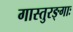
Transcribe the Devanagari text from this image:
गास्तुरङ्गाः